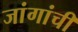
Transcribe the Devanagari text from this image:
जांगांची